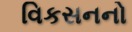
વિકસનનો